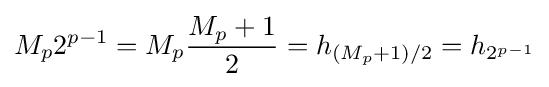
M_{p}2^{p-1}=M_{p}{\frac {M_{p}+1}{2}}=h_{(M_{p}+1)/2}=h_{2^{p-1}}